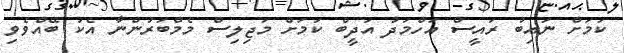
ކަމަށް ނައިބު ރައީސް އަހްމަދު އަދީބް ކަމަށް މަޖިލިސް މެމްބަރުންނާ އެކު ބޭއްވެވި